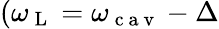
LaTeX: (\omega_{\mathrm{~L~}}=\omega_{\mathrm{~c~a~v~}}-\Delta